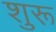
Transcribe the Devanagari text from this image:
शुरू